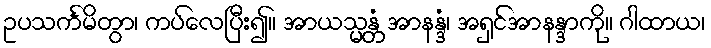
ဥပသင်္ကမိတွာ၊ ကပ်လေပြီး၍။ အာယသ္မန္တံ အာနန္ဒံ၊ အရှင်အာနန္ဒာကို။ ဂါထာယ၊